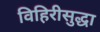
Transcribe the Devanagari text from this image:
विहिरीसुद्धा